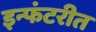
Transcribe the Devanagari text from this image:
इन्फंटरीत